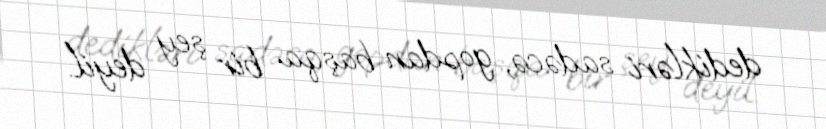
dedikləri sadəcə, gopdan başqa bir şey deyil.